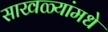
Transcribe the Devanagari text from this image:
साखळ्यांमधे